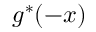
g ^ { * } ( - x )